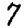
Digit: 7